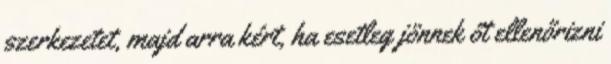
szerkezetet, majd arra kért, ha esetleg jönnek őt ellenőrizni